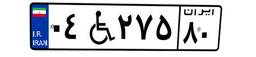
۷۳W۷۶۸۴۷